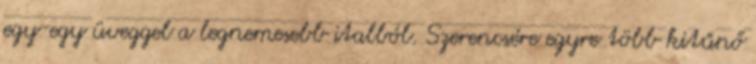
egy-egy üveggel a legnemesebb italból. Szerencsére egyre több kitűnő